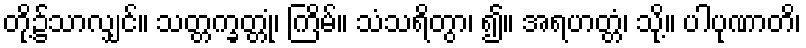
တို့၌သာလျှင်။ သတ္တက္ခတ္တုံ၊ ကြိမ်။ သံသရိတွာ၊ ၍။ အရဟတ္တံ၊ သို့။ ပါပုဏာတိ၊